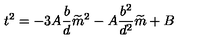
t ^ { 2 } = - 3 A \frac { b } { d } \widetilde { m } ^ { 2 } - A \frac { b ^ { 2 } } { d ^ { 2 } } \widetilde { m } + B